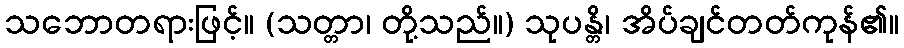
သဘောတရားဖြင့်။ (သတ္တာ၊ တို့သည်။) သုပန္တိ၊ အိပ်ချင်တတ်ကုန်၏။